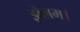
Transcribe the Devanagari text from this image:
झेलम।